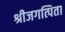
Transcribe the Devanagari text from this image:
श्रीजगत्पिता